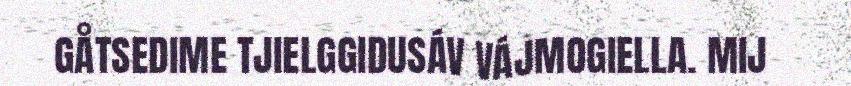
GÅTSEDIME TJIELGGIDUSÁV VÁJMOGIELLA. MIJ